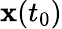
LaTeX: {\mathbf x}(t_{0})